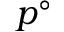
p ^ { \circ }